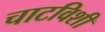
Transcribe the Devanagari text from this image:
चाटविशी